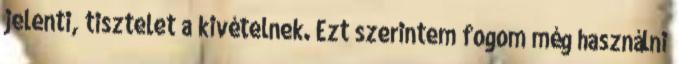
jelenti, tisztelet a kivételnek. Ezt szerintem fogom még használni